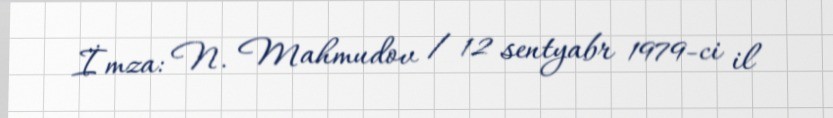
İmza: N. Mahmudov / 12 sentyabr 1979-ci il